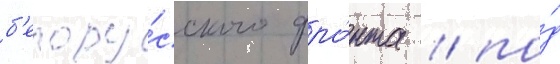
б'елору́сского фро́нта / по́д